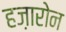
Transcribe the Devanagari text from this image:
हज़ारोन